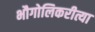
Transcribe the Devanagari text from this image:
भौगोलिकरीत्या